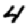
Digit: 4